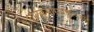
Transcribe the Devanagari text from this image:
बालकुमारसाहित्यकार